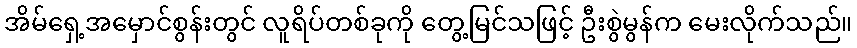
အိမ်ရှေ့အမှောင်စွန်းတွင် လူရိပ်တစ်ခုကို တွေ့မြင်သဖြင့် ဦးစွဲမွန်က မေးလိုက်သည်။